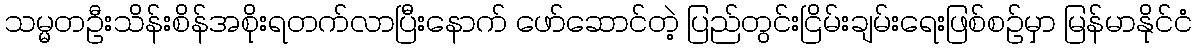
သမ္မတဦးသိန်းစိန်အစိုးရတက်လာပြီးနောက် ဖော်ဆောင်တဲ့ ပြည်တွင်းငြိမ်းချမ်းရေးဖြစ်စဉ်မှာ မြန်မာနိုင်ငံ